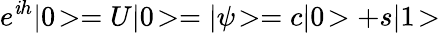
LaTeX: e^{\mathit{i}h}|0\! >=U|0\! >=|\psi\! >=c|0\! >+s|1\! >